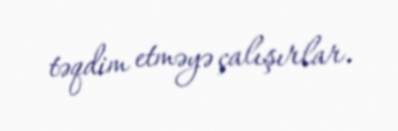
təqdim etməyə çalışırlar.